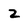
Character: 2